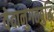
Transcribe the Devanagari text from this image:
वेदानुगतबुद्धि